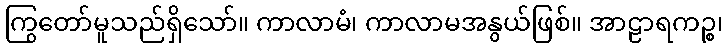
ကြွတော်မူသည်ရှိသော်။ ကာလာမံ၊ ကာလာမအနွယ်ဖြစ်။ အာဠာရကဉ္စ၊